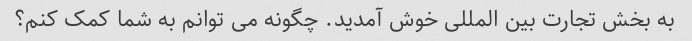
به بخش تجارت بین المللی خوش آمدید. چگونه می توانم به شما کمک کنم؟